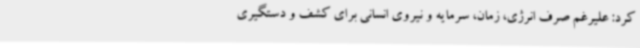
کرد: علیرغم صرف انرژی، زمان، سرمایه و نیروی انسانی برای کشف و دستگیری